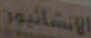
الإنشائيون